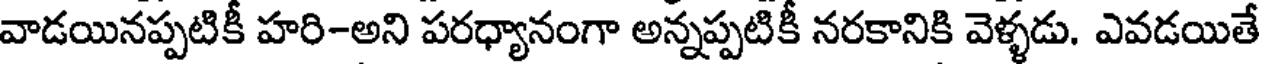
వాడయినప్పటికీ హరి-అని పరధ్యానంగా అన్నప్పటికీ నరకానికి వెళ్ళడు. ఎవడయితే